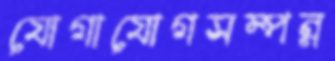
যোগাযোগসম্পন্ন